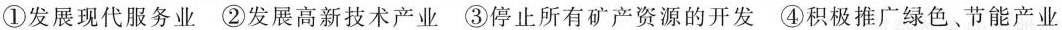
①发展现代服务业 ②发展高新技术产业 ③停止所有矿产资源的开发 ④积极推广绿色、节能产业